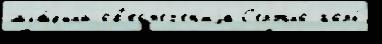
мла́дший об'есп'ечен'иjа С'ержио горы́